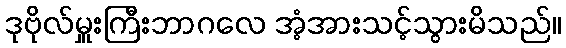
ဒုဗိုလ်မှူးကြီးဘာဂလေ အံ့အားသင့်သွားမိသည်။